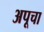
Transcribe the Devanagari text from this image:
अपूचा